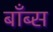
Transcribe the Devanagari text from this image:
बाँब्स